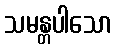
သမန္တပါသော